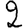
Digit: 2